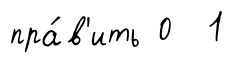
пра́в'ить 0 1